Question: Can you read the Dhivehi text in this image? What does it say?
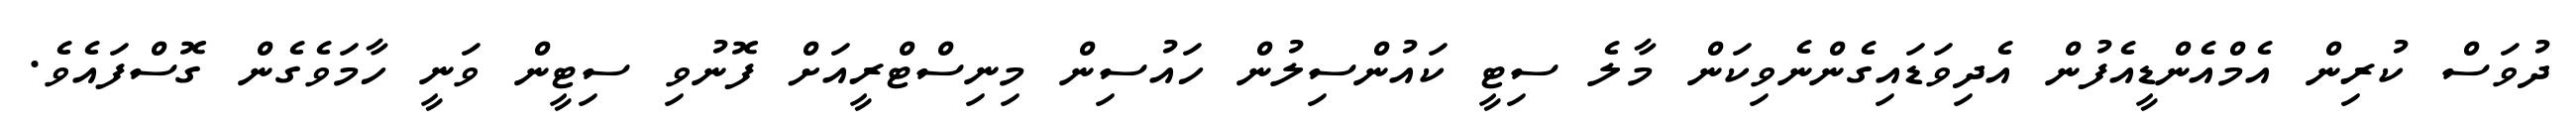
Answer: ދުވަސް ކުރިން އެމްއެންޑީއެފުން އެދިވަޑައިގެންނެވިކަން މާލެ ސިޓީ ކައުންސިލުން ހައުސިން މިނިސްޓްރީއަށް ފޮނުވި ސިޓީން ވަނީ ހާމަވެގެން ގޮސްފައެވެ.